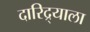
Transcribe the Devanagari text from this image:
दारिद्र्याला